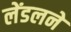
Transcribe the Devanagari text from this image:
लेंडलने